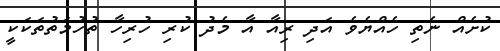
ކުށެއް ނެތި ހެއްޔެވެ އަދި ރިއާ އާ މެދު ކުރި ހުރިހާ ތުހުމަތުތަކަކީ